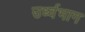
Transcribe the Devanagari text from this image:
उर्ध्वभाग